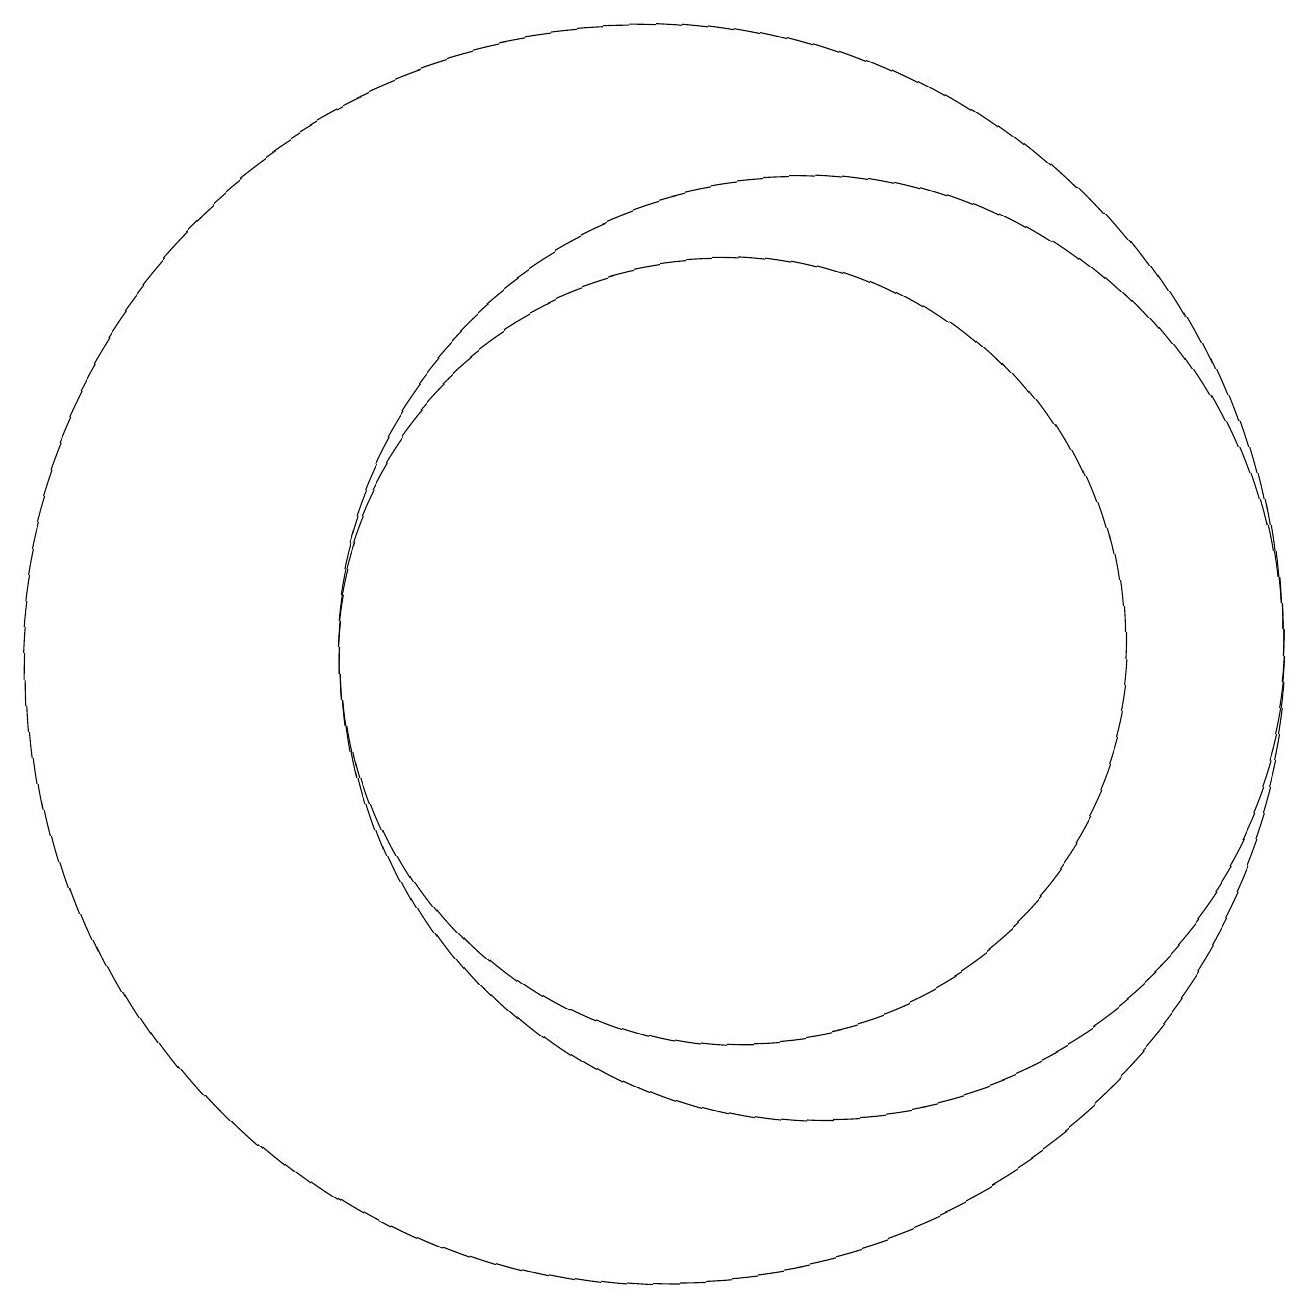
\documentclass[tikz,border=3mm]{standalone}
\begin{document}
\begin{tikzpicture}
\draw (10,11) circle (8);
\draw (11,11) circle (5);
\draw (12,11) circle (6);
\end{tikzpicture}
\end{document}